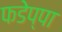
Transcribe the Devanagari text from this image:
फडेप्पा